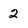
Character: 2